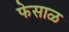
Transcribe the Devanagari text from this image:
फेसाळ